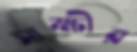
সাক্ষীর